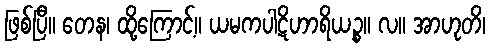
ဖြစ်ပြီ။ တေန၊ ထို့ကြောင့်။ ယမကပါဋိဟာရိယဉ္စ။ လ။ အာဟုတိ၊